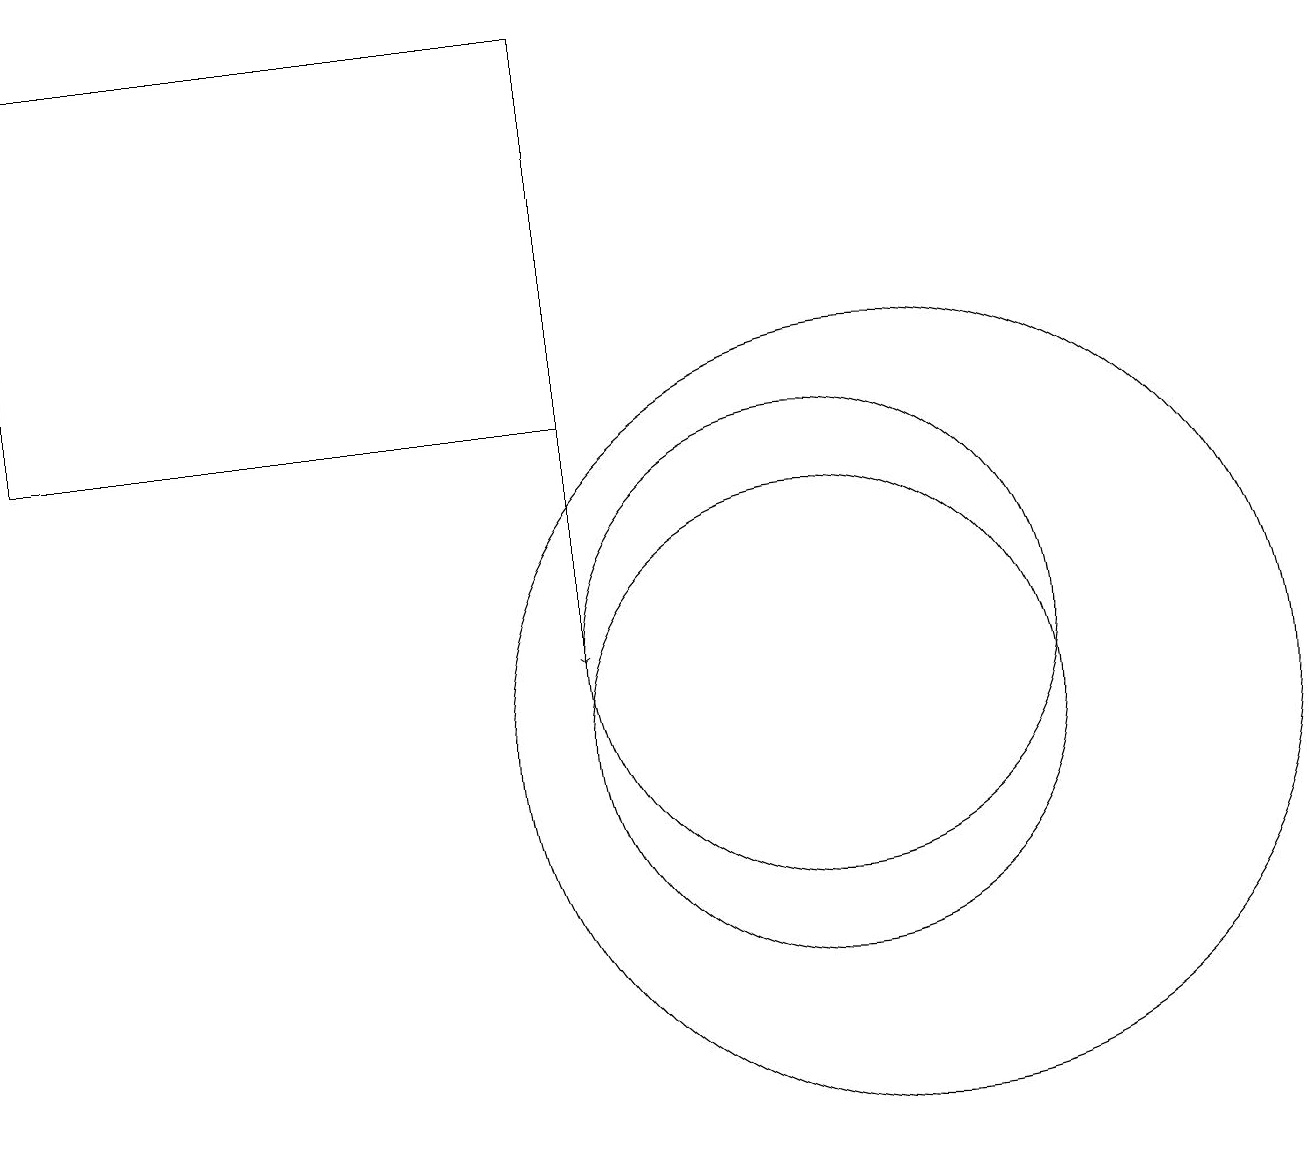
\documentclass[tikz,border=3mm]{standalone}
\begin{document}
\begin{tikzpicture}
\draw (7,19) rectangle (0,14);
\draw[->] (7,19) -- (7,11);
\draw (10,10) circle (3);
\draw (11,10) circle (5);
\draw (10,11) circle (3);
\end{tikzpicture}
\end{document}